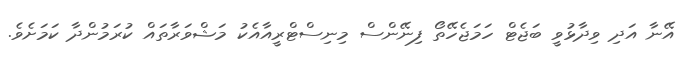
އޭނާ އަދި ވިދާޅުވީ ބަޖެޓް ހަމަޖެހޭތޯ ފިނޭންސް މިނިސްޓްރީއާއެކު މަޝްވަރާތައް ކުރަމުންދާ ކަމަށެވެ.